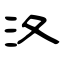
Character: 汷